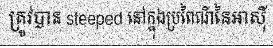
ត្រូវបាន steeped នៅក្នុងប្រពៃណីនៃអាស៊ី